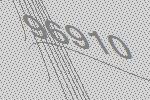
96910